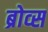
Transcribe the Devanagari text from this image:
ब्रोव्स